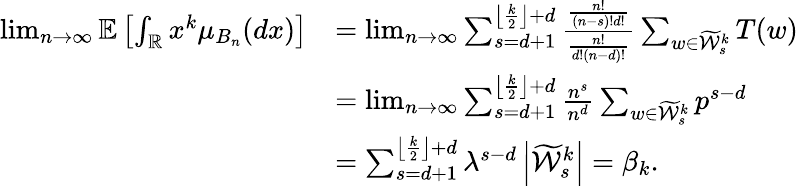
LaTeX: \begin{array}{rl}{\operatorname*{lim}_{n\rightarrow\infty}\mathbb{E}\left[\int_{\mathbb{R}}x^{k}\mu_{B_{n}}(dx)\right]}&{=\operatorname*{lim}_{n\rightarrow\infty}\sum_{s=d+1}^{\left\lfloor\frac{k}{2}\right\rfloor+d}\frac{\frac{n!}{(n-s)!d!}}{\frac{n!}{d!(n-d)!}}\sum_{w\in\widetilde{\mathcal{W}}_{s}^{k}}T(w)}\\ &{=\operatorname*{lim}_{n\rightarrow\infty}\sum_{s=d+1}^{\left\lfloor\frac{k}{2}\right\rfloor+d}\frac{n^{s}}{n^{d}}\sum_{w\in\widetilde{\mathcal{W}}_{s}^{k}}p^{s-d}}\\ &{=\sum_{s=d+1}^{\left\lfloor\frac{k}{2}\right\rfloor+d}\lambda^{s-d}\left|\widetilde{\mathcal{W}}_{s}^{k}\right|=\beta_{k}.}\end{array}